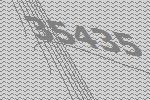
35435